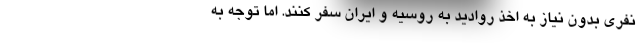
نفری بدون نیاز به اخذ روادید به روسیه و ایران سفر کنند. اما توجه به